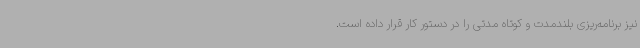
نیز برنامه‌ریزی بلندمدت و کوتاه مدتی را در دستور کار قرار داده است.